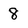
Character: 8